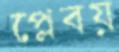
প্লেবয়